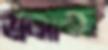
ভজাচ্ছ